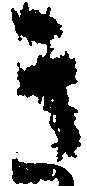
き